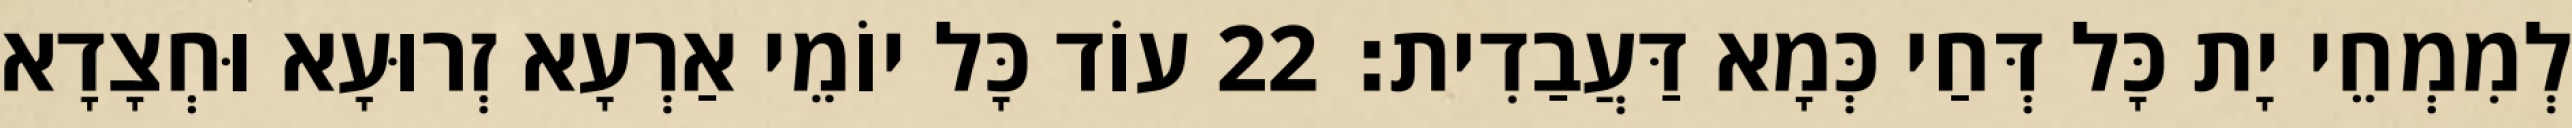
לְמִמְחֵי יָת כָּל דְּחַי כְּמָא דַּעֲבַדִית׃ 22 עוֹד כָּל יוֹמֵי אַרְעָא זְרוּעָא וּחְצָדָא